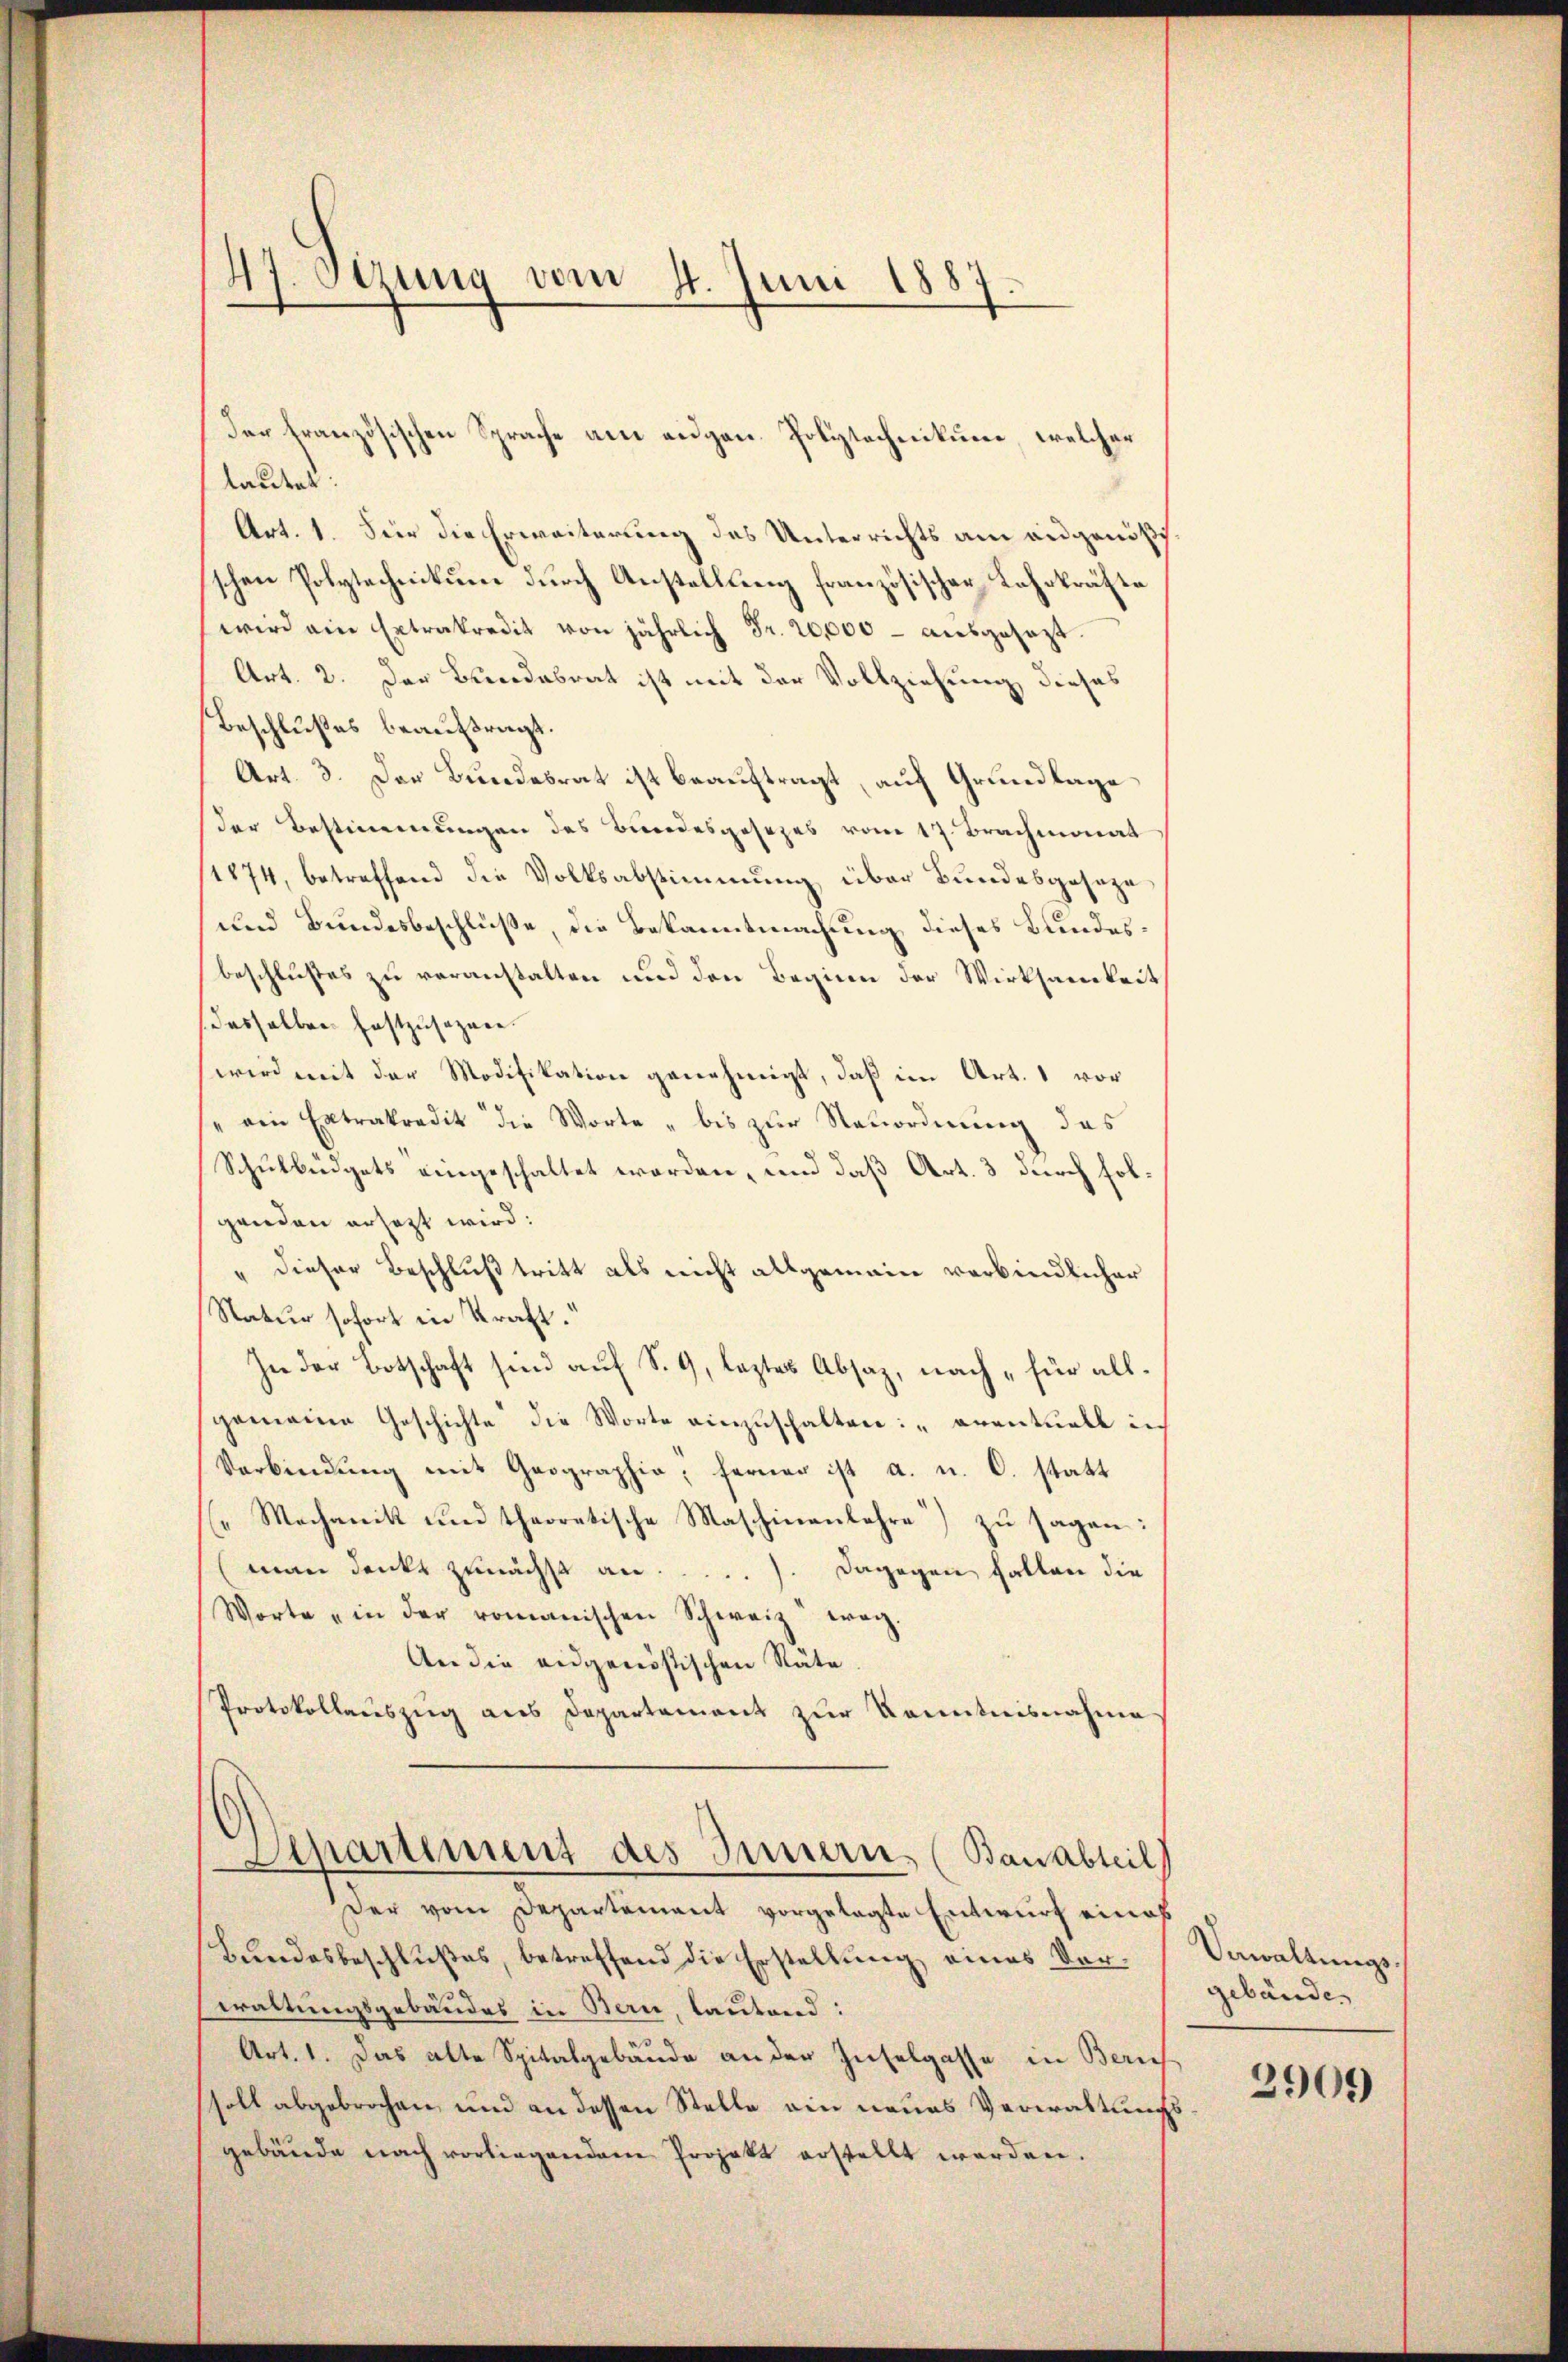
47. Sitzung vom 4. Juni 1887.
.
d

der französischen Sprache am augen Polytechnikum, welcher
lautet:
Art. 1. Für die Erweiterung des Unterrichts am angenößisschen Polytechnikum durch Anstellung französischer Lehrkräfte
wird ein Extrakredit von jährlich Fr. 20,000 - ausgesezt
Art. 2. Der Bundesrat ist mit der Vollziehung dieses
Beschlußes beauftragt.
Art. 3. Der Bundesrat ist beauftragt, auf Grundlage
der Bestimmungen des Bundesgesezes vom 17. Brachmonat
1874, betreffend die Volksabstimmung über Bundesgeseze
und Bundesbeschlüße, die Bekanntmachung dieses Bundesbeschlußes zu veranstalten und den Beginn der Wirksamkeit
dasselben festzusazare.
wird mit der Modifikation genehmigt, daß im Art. 1 vor
" ein Extrakredit die Worte „bis zur Neuordnung des
Schulbüdgets eingeschaltet worden, und daß Art. 3 durch folgenden ersetzt wird:
" dieser Beschluß tritt als nicht allgemein verbindlicher
Natur sofort in Kraft.
In der Botschaft sind auf S. 9, leztes Absaz, nach „für allgemeine Geschichte die Worte einzuschalten: „oventuell in
Verbindŭng mit Geographie, ferner ist a. u. C. statt
Mechanik und theoretische Maschinenbahre) zu sagen:
(man denkt zunächst an.). Dagegen fallen die
Worte „in der romanischen Schweiz weg.
An die eidgenößischen Räte
Protokollauszug aus Departement zŭr Kenntnisnahme
Sipartiment des Innern (Bauabteil)
Der vom Departement vorgelegte Entwurf eine
Bundesbeschlußes, betreffend die Erstellung eines Vorwaltungsgebäudes in Bern, lautend:
Art. 1. Das alte Spitalgebäude an der Zuselgasse in Zürich
soll abgebrochen, und an dessen Stelle ein neues Verwaltungsgebäude nach vorliegenden Projekt erstellt werden.

Vewaltungs-
gebäude.

2909